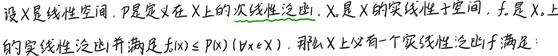
设$X$是线性空间，$p$是定义在$X$上的次线性泛函，$X_{0}$是$X$的线性子空间，$f_{0}$是$X_{0}$上的实线性泛函并满足$f_{0}(x)\leq p(x)\ (\forall x\in X_{0})$，则$X$上必有一个实线性泛函$f$满足：